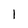
Character: 1